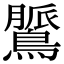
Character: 𪃻